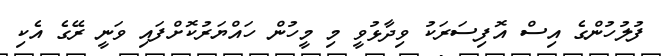
ފުލުހުންގެ އިސް އޮފިސަރަކު ވިދާޅުވީ މި މީހުން ހައްޔަރުކޮށްފައި ވަނީ ރޭގެ އެކި